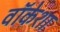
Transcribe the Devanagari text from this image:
वॉकेशा